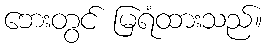
ဘေးတွင် မြရံထားသည်။